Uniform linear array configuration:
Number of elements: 24
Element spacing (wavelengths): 1
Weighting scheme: hamming
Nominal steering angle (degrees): -30
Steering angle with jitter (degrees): -28.327
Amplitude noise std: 0.05
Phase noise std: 0.05

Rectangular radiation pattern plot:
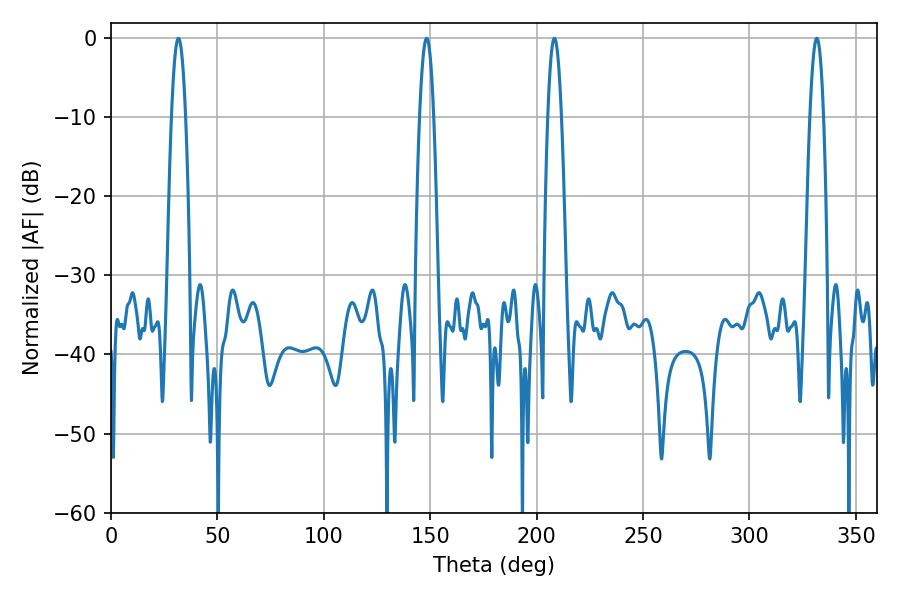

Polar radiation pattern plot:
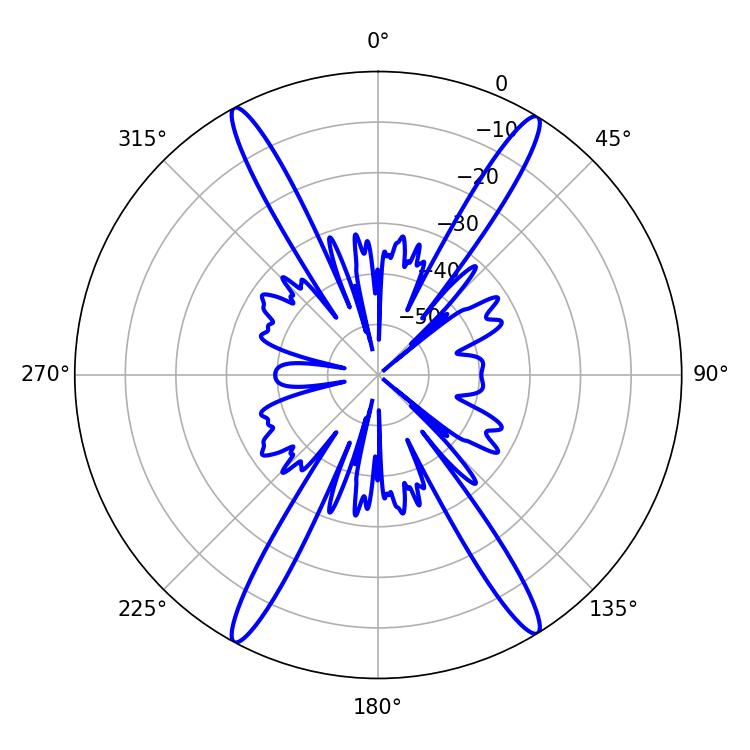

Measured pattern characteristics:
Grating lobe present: TRUE
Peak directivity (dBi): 23.451
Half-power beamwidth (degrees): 3.6
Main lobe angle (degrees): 148.32